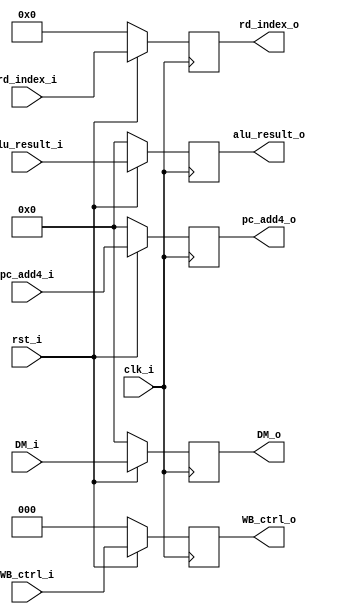
`timescale 1ns/1ps

module MEMWB_register (
    input clk_i,
    input rst_i,
    input [2:0] WB_ctrl_i, 
    input [31:0] DM_i,
    input [31:0] alu_result_i,
    input [4:0] rd_index_i,
    input [31:0] pc_add4_i,

    output reg [2:0] WB_ctrl_o,
    output reg [31:0] DM_o,
    output reg [31:0] alu_result_o,
    output reg [4:0] rd_index_o,
    output reg [31:0] pc_add4_o
);
    
    always@(posedge clk_i) begin
        if(~rst_i) begin
            WB_ctrl_o <= 3'd0 ;
            DM_o <= 32'd0 ;
            alu_result_o <= 32'd0 ;
            rd_index_o <= 5'd0 ;
            pc_add4_o <= 32'd0 ;
        end
        else begin
            WB_ctrl_o <= WB_ctrl_i ;
            DM_o <= DM_i ;
            alu_result_o <= alu_result_i ;
            rd_index_o <= rd_index_i ;
            pc_add4_o <= pc_add4_i ;   
        end
    end
    
endmodule